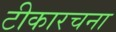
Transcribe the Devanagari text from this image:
टीकारचना